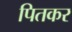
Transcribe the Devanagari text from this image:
पितकर